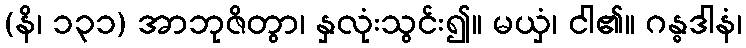
(နိ၊ ၁၃၁) အာဘုဇိတွာ၊ နှလုံးသွင်း၍။ မယှံ၊ ငါ၏။ ဂန္ဓဒါနံ၊